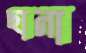
ছানা